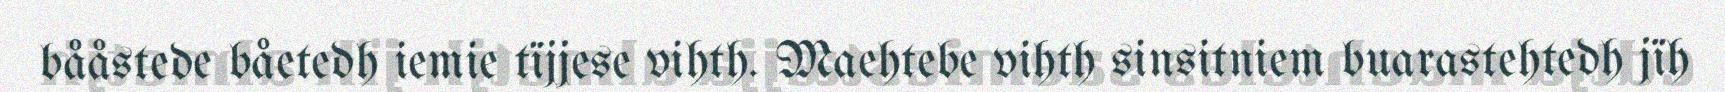
bååstede båetedh iemie tïjjese vihth. Maehtebe vihth sinsitniem buarastehtedh jïh